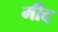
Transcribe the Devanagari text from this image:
मीद